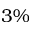
3 \%